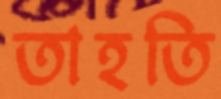
তাহতি